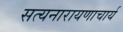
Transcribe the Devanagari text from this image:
सत्यनारायणाचार्य